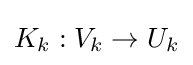
K_{k}:V_{k}\to U_{k}